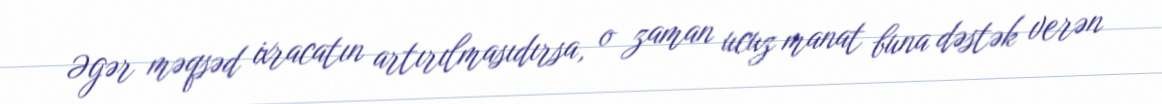
Əgər məqsəd ixracatın artırılmasıdırsa, o zaman ucuz manat buna dəstək verən